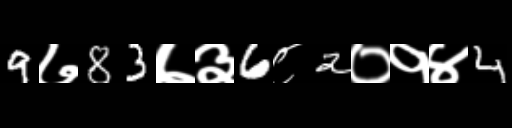
Text: 9७83७३6८2०१४4